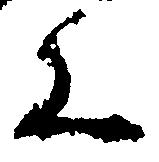
く